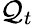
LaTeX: \mathcal{Q}_{t}